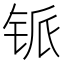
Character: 𰽸